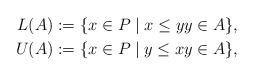
LaTeX: \begin{align*}L(A) & :=\{x\in P\mid x\leq yy\in A\}, \\U(A) & :=\{x\in P\mid y\leq xy\in A\},\end{align*}